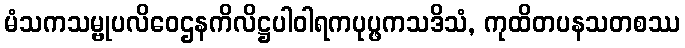
မံသကသမ္ဗုပလိဝေဌနကိလိဋ္ဌပါဝါရကပုပ္ဖကသဒိသံ, ကုထိတပနသတစဿ